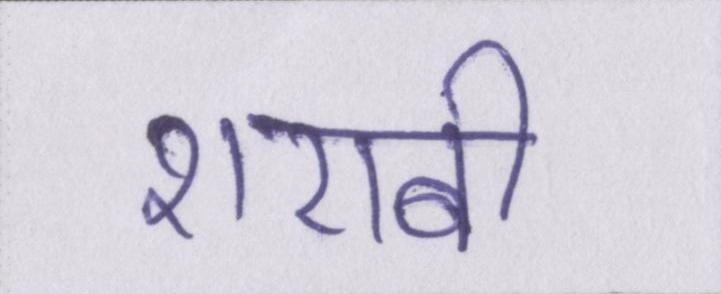
शराबी